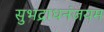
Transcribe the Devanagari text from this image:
सुभद्राधनंजयम